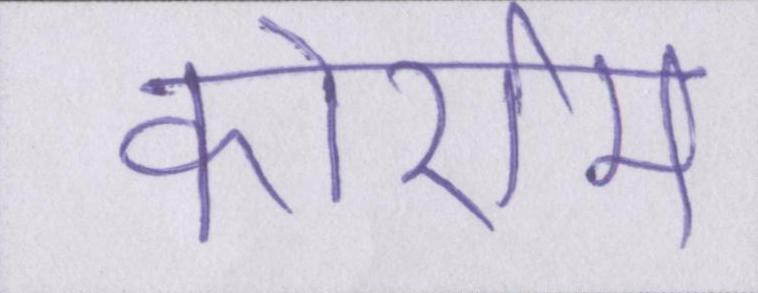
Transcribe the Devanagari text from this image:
कोर्राम